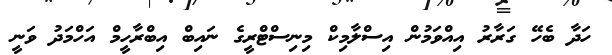
ހަދާ ބެހޭ ގަރާރު އިއްވަމުން އިސްލާމިކް މިނިސްޓްރީގެ ނައިބް އިބްރާހީމް އަހްމަދު ވަނީ